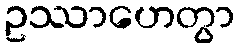
ဥဿာဟေတွာ